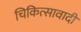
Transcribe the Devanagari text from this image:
चिकित्सावादी